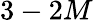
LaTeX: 3-2M